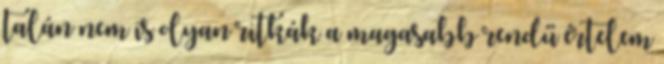
talán nem is olyan ritkák a magasabb rendű értelem